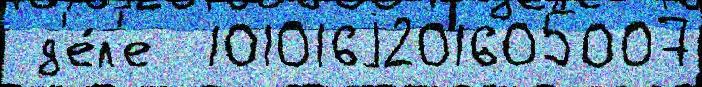
 д'е́л'е  101016j201605007